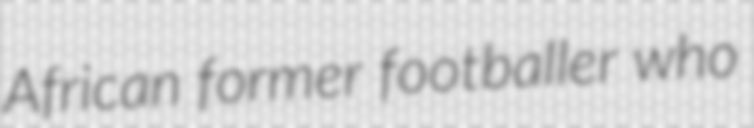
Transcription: African former footballer who